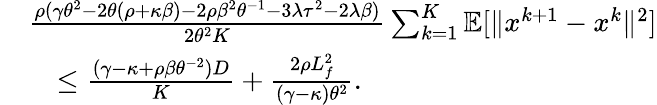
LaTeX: \begin{array}{rl}&{\frac{\rho(\gamma\theta^{2}-2\theta(\rho+\kappa\beta)-2\rho\beta^{2}\theta^{-1}-3\lambda\tau^{2}-2\lambda\beta)}{2\theta^{2}K}\sum_{k=1}^{K}\mathbb{E}[\| x^{k+1}-x^{k}\| ^{2}]}\\ &{\quad\leq\frac{(\gamma-\kappa+\rho\beta\theta^{-2})D}{K}+\frac{2\rho L_{f}^{2}}{(\gamma-\kappa)\theta^{2}}.}\end{array}